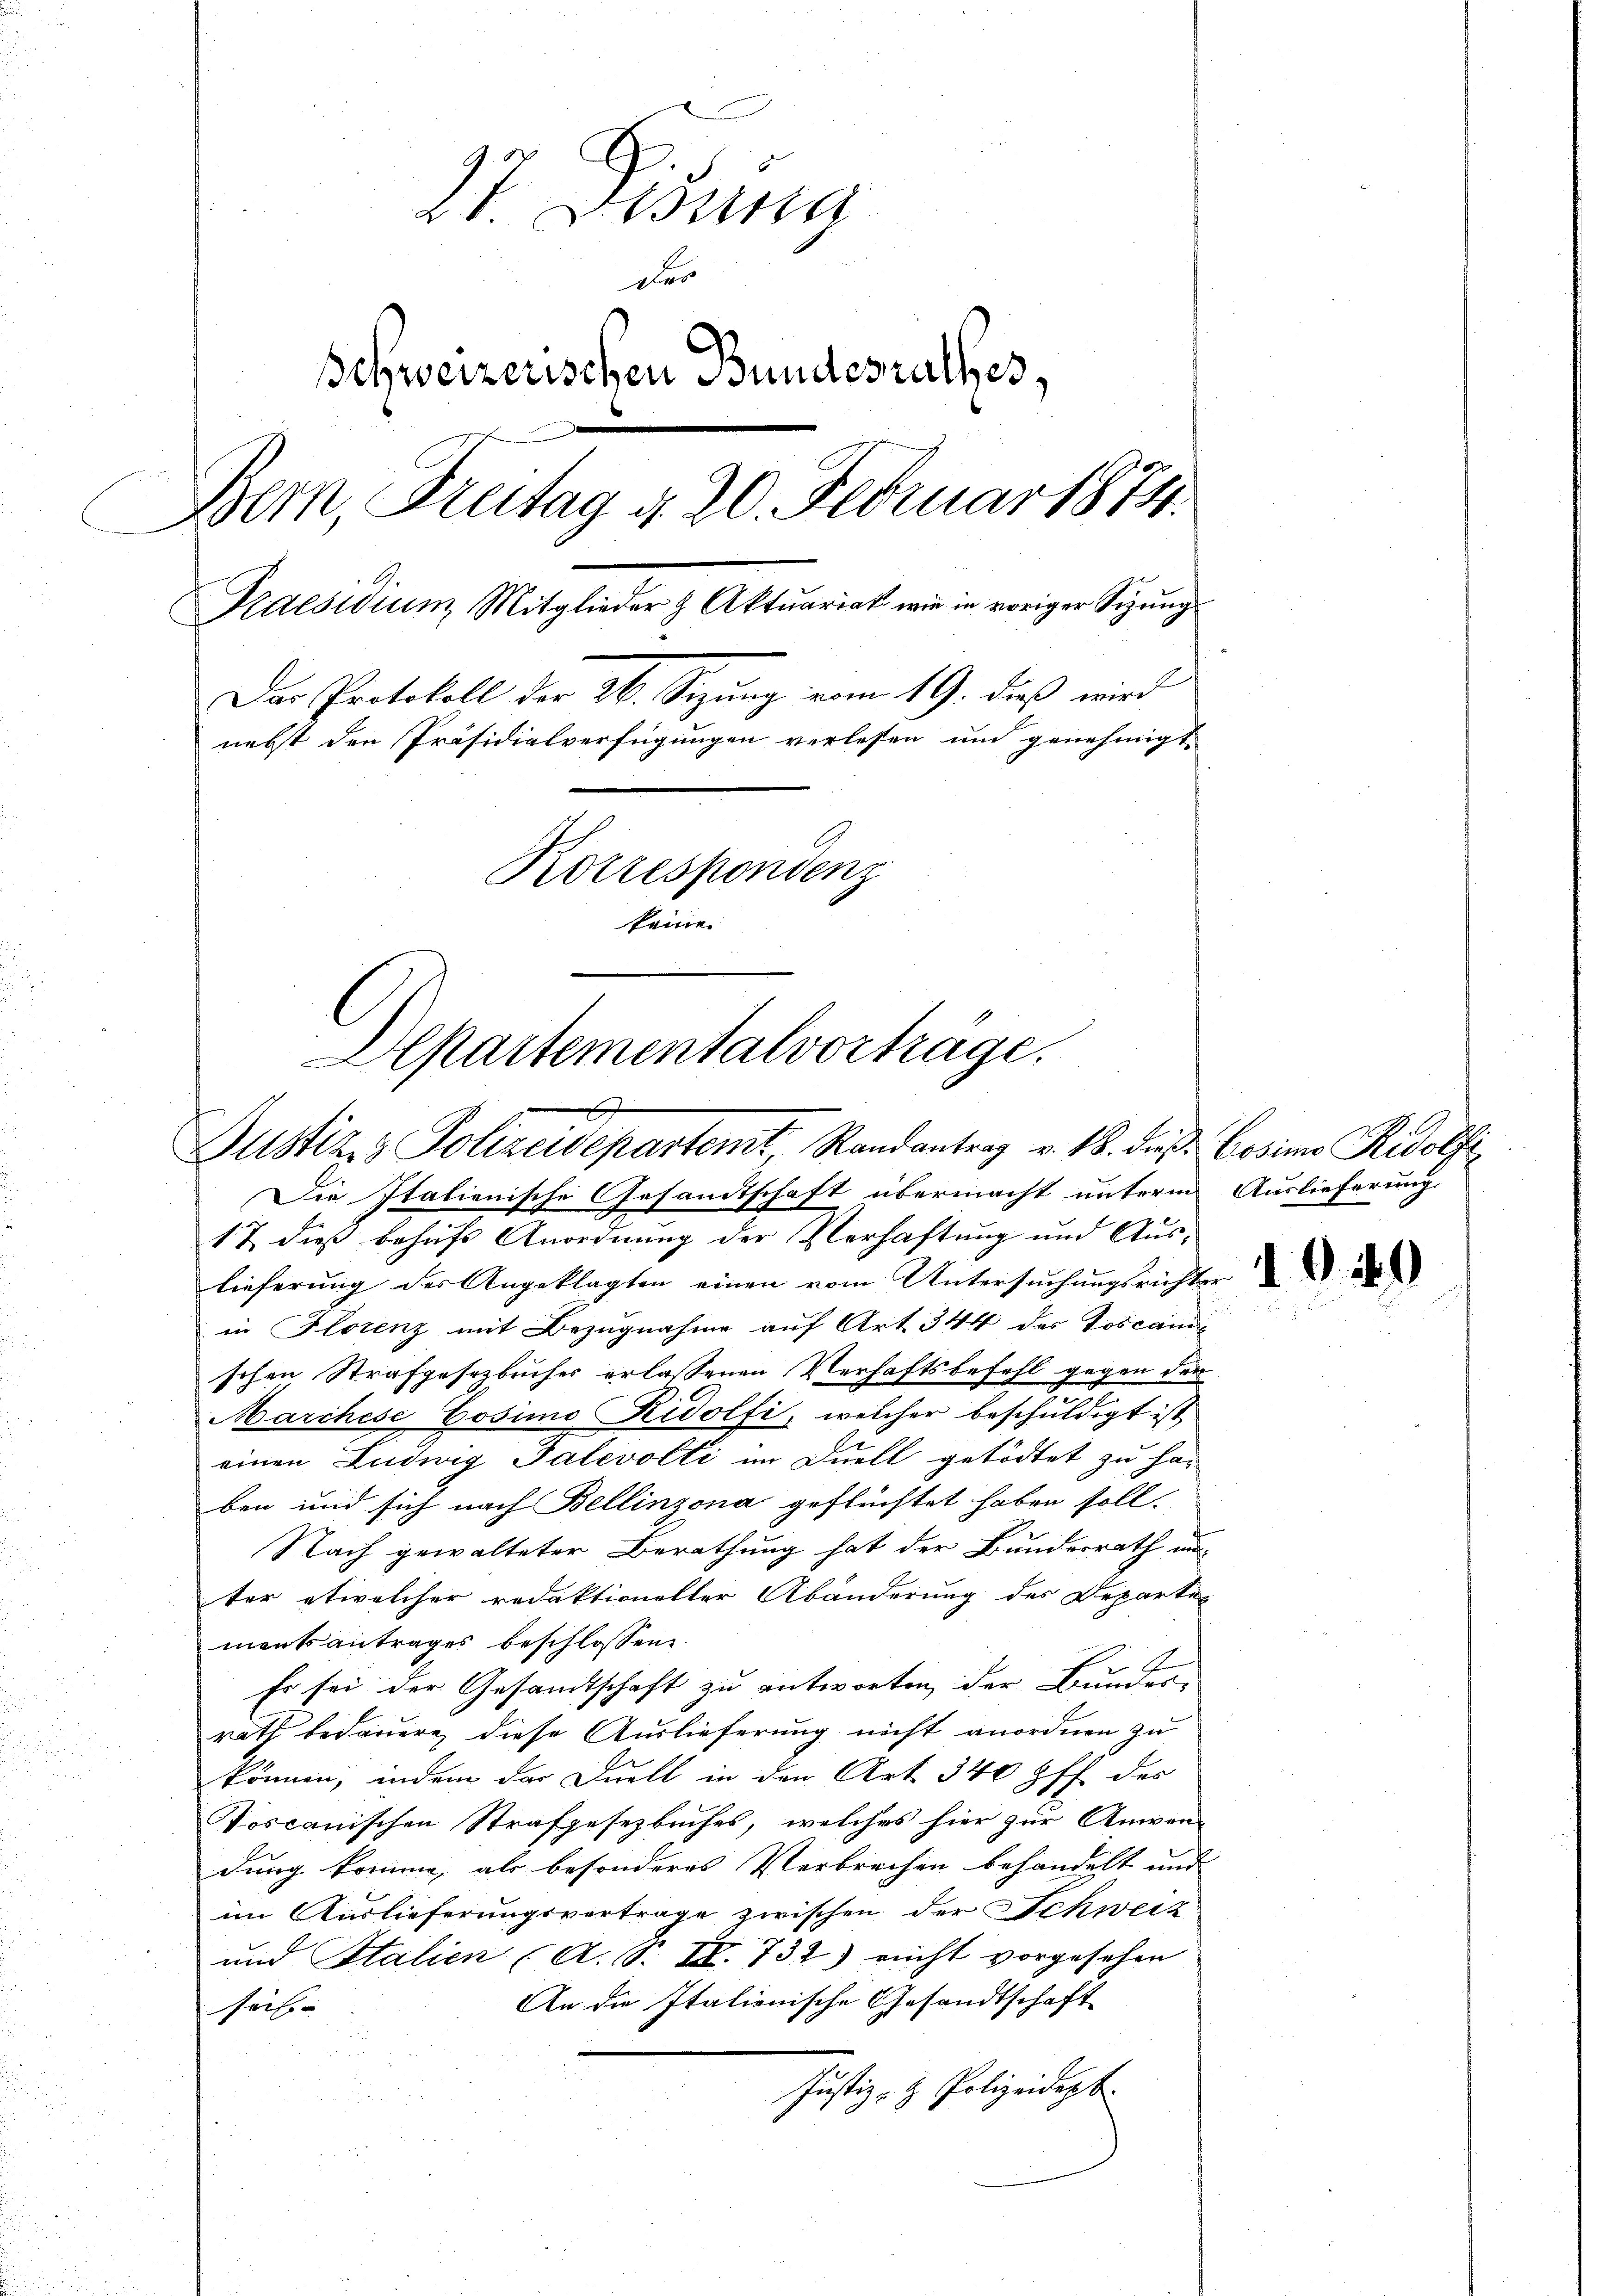
17 Pisung
Der
Schweizerischen Bundesrathes,
Bern, Breitag d. 20. Februar 1874.
Praesidium Mitglieder & Aktuariat wie in voriger Sizŭng
Der Protokoll der 26. Sezung vom 19. dieß wird
nebst den Präsidialverfügungen verlessen und genehmigt.
Korrespondenz
keine
Departementalverhäge.

x
Justiz & Polizeidepartemt, Randantrag v. 18. dieß Cosimo Rudolfi

Die Italienische Gesandtschaft übermacht unterm Auslieferung.
1 & dieß behufs Anordnung der Verhaftung und Auslieferung des Angeklagten einen vom Untersuchungsrichter
in Florenz mit Bezugnahme auf Art. 344 des Toscan
schen Strafgesetzbucher erlassenen Verhaftsbefehl gegen der
Marchese Cosimo Ridolfi, welcher beschuldigt ist
einen Ludwig Talevolti im Duell getödtet zu har
ben und sich nach Bellinzona geflüchtet haben soll.
Nach gewalteter Berathung hat der Bundesrath nun
ter etwelcher redaktioneller Abänderung des Departe-
mentsantrages beschlossene
r
Es sei der Gesamtschaft zu antworten, der Bundesrath bedauern diese Auslieferung nicht anordnen zu
können, indem das Duell in den Art 340 ff. des
Toscanischen Strafgesezbuches, welches hier zur Anwen-
dung komme, als besonderes Verbrechen behandelt und
im Auslieferungsvertrage zwischen der Schweiz
und Italien (A. S. II. 732) nicht vorgesehen
An die Italienische Gesandtschaft
sach- |
Justiz- & Polizeidept.

10.

¬